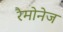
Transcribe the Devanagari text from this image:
रैमोनेज